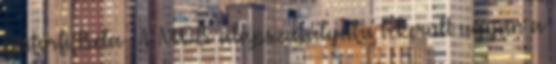
Bátorfi Béla . A MOB alapszabályába bekerült ugyan a